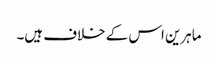
ماہرین اس کے خلاف ہیں۔